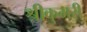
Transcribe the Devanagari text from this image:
श्रीकुमरी